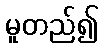
မူတည်၍